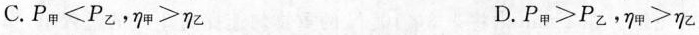
C.$$P_{甲}<P_{乙}$$，$$\eta _{甲}>\eta _{乙}$$ D.$$P_{甲}>P_{乙}$$，$$\eta _{甲}>\eta _{乙}$$